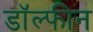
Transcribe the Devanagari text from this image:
डॉल्‍फीन